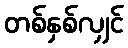
တစ်နှစ်လျှင်